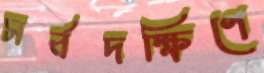
সর্বদক্ষিণে